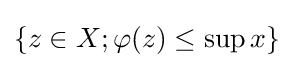
\{z\in X;\varphi (z)\leq \sup x\}